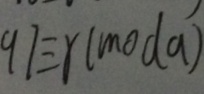
9 7 \equiv r ( m o d a )